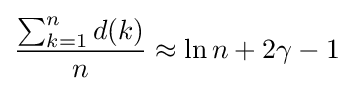
{\frac {\sum _{k=1}^{n}d(k)}{n}}\approx \ln n+2\gamma -1